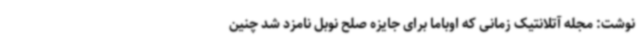
نوشت: مجله آتلانتیک زمانی که اوباما برای جایزه صلح نوبل نامزد شد چنین